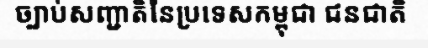
ច្បាប់សញ្ជាតិនៃប្រទេសកម្ពុជា ជនជាតិ